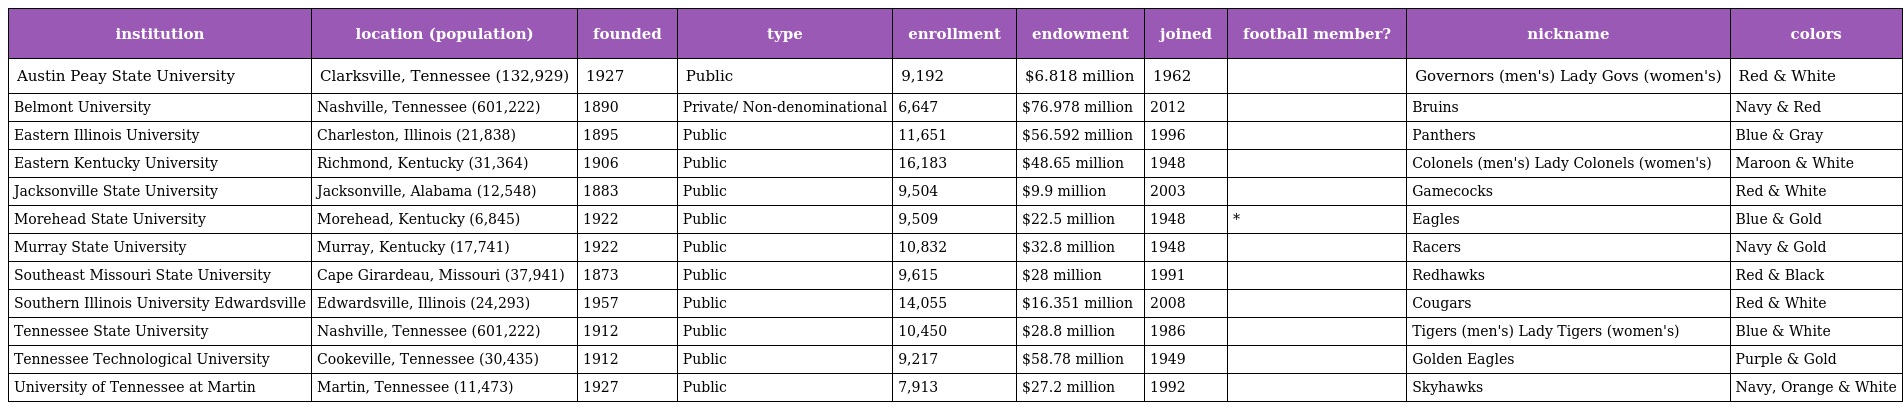
| institution | location (population) | founded | type | enrollment | endowment | joined | football member? | nickname | colors |
 | --- | --- | --- | --- | --- | --- | --- | --- | --- | --- |
 | Austin Peay State University | Clarksville, Tennessee (132,929) | 1927 | Public | 9,192 | $6.818 million | 1962 |  | Governors (men's) Lady Govs (women's) | Red & White |
 | Belmont University | Nashville, Tennessee (601,222) | 1890 | Private/ Non-denominational | 6,647 | $76.978 million | 2012 |  | Bruins | Navy & Red |
 | Eastern Illinois University | Charleston, Illinois (21,838) | 1895 | Public | 11,651 | $56.592 million | 1996 |  | Panthers | Blue & Gray |
 | Eastern Kentucky University | Richmond, Kentucky (31,364) | 1906 | Public | 16,183 | $48.65 million | 1948 |  | Colonels (men's) Lady Colonels (women's) | Maroon & White |
 | Jacksonville State University | Jacksonville, Alabama (12,548) | 1883 | Public | 9,504 | $9.9 million | 2003 |  | Gamecocks | Red & White |
 | Morehead State University | Morehead, Kentucky (6,845) | 1922 | Public | 9,509 | $22.5 million | 1948 | * | Eagles | Blue & Gold |
 | Murray State University | Murray, Kentucky (17,741) | 1922 | Public | 10,832 | $32.8 million | 1948 |  | Racers | Navy & Gold |
 | Southeast Missouri State University | Cape Girardeau, Missouri (37,941) | 1873 | Public | 9,615 | $28 million | 1991 |  | Redhawks | Red & Black |
 | Southern Illinois University Edwardsville | Edwardsville, Illinois (24,293) | 1957 | Public | 14,055 | $16.351 million | 2008 |  | Cougars | Red & White |
 | Tennessee State University | Nashville, Tennessee (601,222) | 1912 | Public | 10,450 | $28.8 million | 1986 |  | Tigers (men's) Lady Tigers (women's) | Blue & White |
 | Tennessee Technological University | Cookeville, Tennessee (30,435) | 1912 | Public | 9,217 | $58.78 million | 1949 |  | Golden Eagles | Purple & Gold |
 | University of Tennessee at Martin | Martin, Tennessee (11,473) | 1927 | Public | 7,913 | $27.2 million | 1992 |  | Skyhawks | Navy, Orange & White |